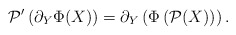
\begin{align*}\mathcal{P}'\left(\partial_Y\Phi(X)\right)=\partial_Y\left(\Phi\left(\mathcal{P}(X)\right)\right).\end{align*}